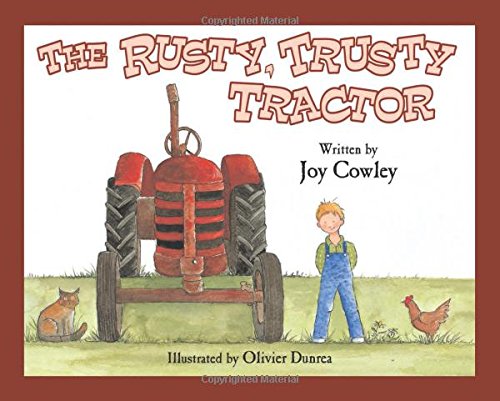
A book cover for The Rusty, Trusty Tractor; Joy Cowley; Children's Books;